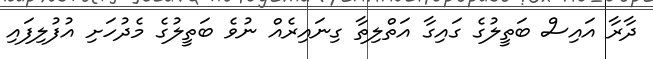
ދާރާ އައިސް ބަތީލުގެ ގައިގާ އަތްލިތާ ގިނައިރެއް ނުވެ ބަތީލުގެ މެދުހަށި އުފުލިފައި